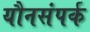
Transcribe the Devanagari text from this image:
यौनसंपर्क